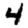
Digit: 4